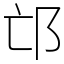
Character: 邙